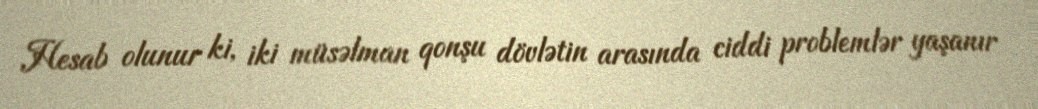
Hesab olunur ki, iki müsəlman qonşu dövlətin arasında ciddi problemlər yaşanır